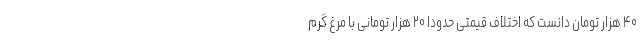
۴۰ هزار تومان دانست که اختلاف قیمتی حدودا ۲۰ هزار تومانی با مرغ گرم